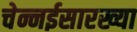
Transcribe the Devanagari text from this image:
चेन्नईसारख्या